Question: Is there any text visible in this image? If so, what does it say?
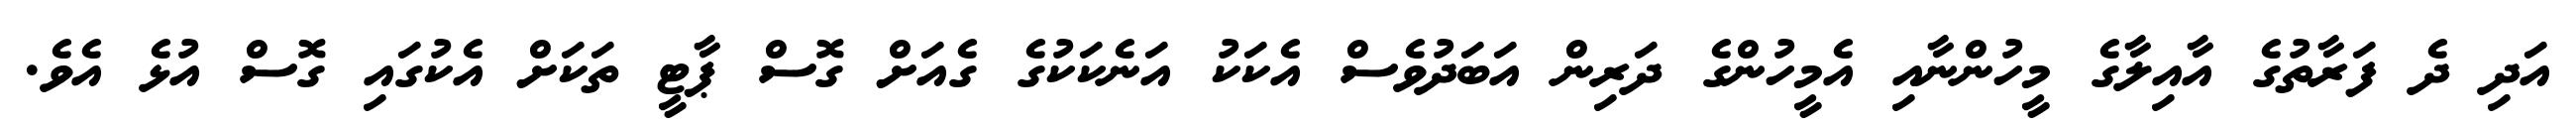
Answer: އަދި ދެ ފަރާތުގެ އާއިލާގެ މީހުންނާއި އެމީހުންގެ ދަރިން އަބަދުވެސް އެކަކު އަނެކަކުގެ ގެއަށް ގޮސް ޕާޓީ ތަކަށް އެކުގައި ގޮސް އުޅެ އެވެ.